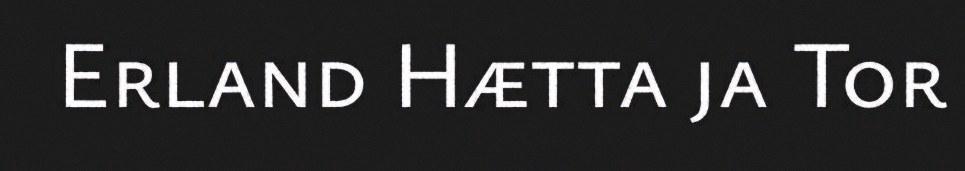
Erland Hætta ja Tor